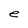
Character: e